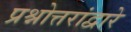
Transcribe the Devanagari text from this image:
प्रश्नोत्तरांद्वारे